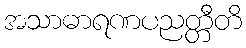
အသာဓာရဏပညတ္တီတိ